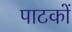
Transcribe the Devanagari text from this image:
पाटकों